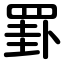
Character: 罫